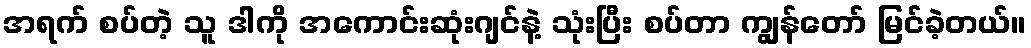
အရက် စပ်တဲ့ သူ ဒါကို အကောင်းဆုံးဂျင်နဲ့ သုံးပြီး စပ်တာ ကျွန်တော် မြင်ခဲ့တယ်။